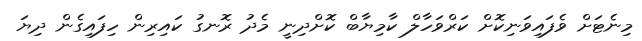
މިނެޓަށް ވެފައިވަނިކޮށް ކަރްވަހާލް ކާމިޔާބް ކޮށްދިނީ މެދު ރޮނގު ކައިރިން ހިފައިގެން ދިޔަ